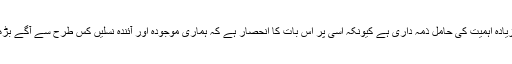
یہ بہت زیادہ اہمیت کی حامل ذمہ داری ہے کیونکہ اسی پر اس بات کا انحصار ہے کہ ہماری موجودہ اور آئندہ نسلیں کس طرح سے آگے بڑھیں گی ۔